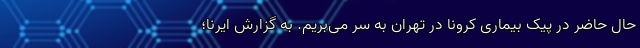
حال حاضر در پیک بیماری کرونا در تهران به سر می‌بریم. به گزارش ایرنا؛